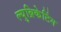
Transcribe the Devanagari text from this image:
ल्युब्रिकेटिंग